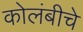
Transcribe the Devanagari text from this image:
कोलंबीचे